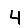
Digit: 4